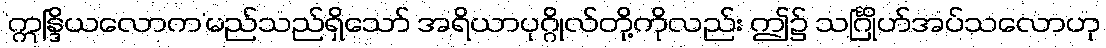
‘ဣန္ဒြိယလောက’မည်သည်ရှိသော် အရိယာပုဂ္ဂိုလ်တို့ကိုလည်း ဤ၌ သင်္ဂြိုဟ်အပ်သလောဟု